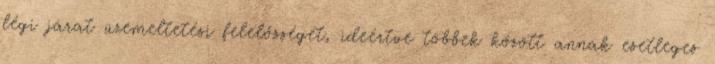
légi járat üzemeltetési felelősségét, ideértve többek között annak esetleges